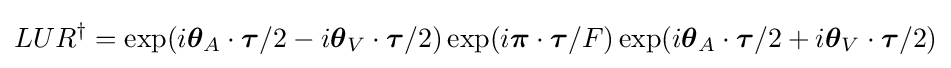
LUR^{\dagger }=\exp(i{\boldsymbol {\theta }}_{A}\cdot {\boldsymbol {\tau }}/2-i{\boldsymbol {\theta }}_{V}\cdot {\boldsymbol {\tau }}/2)\exp(i{\boldsymbol {\pi }}\cdot {\boldsymbol {\tau }}/F)\exp(i{\boldsymbol {\theta }}_{A}\cdot {\boldsymbol {\tau }}/2+i{\boldsymbol {\theta }}_{V}\cdot {\boldsymbol {\tau }}/2)